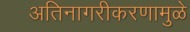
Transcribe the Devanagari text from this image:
अतिनागरीकरणामुळे